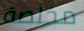
مخلصة